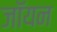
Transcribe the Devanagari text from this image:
जॉयन